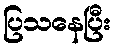
ပြသနေပြီး